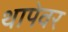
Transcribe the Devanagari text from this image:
थापेवर